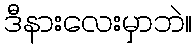
ဒီနားလေးမှာဘဲ။